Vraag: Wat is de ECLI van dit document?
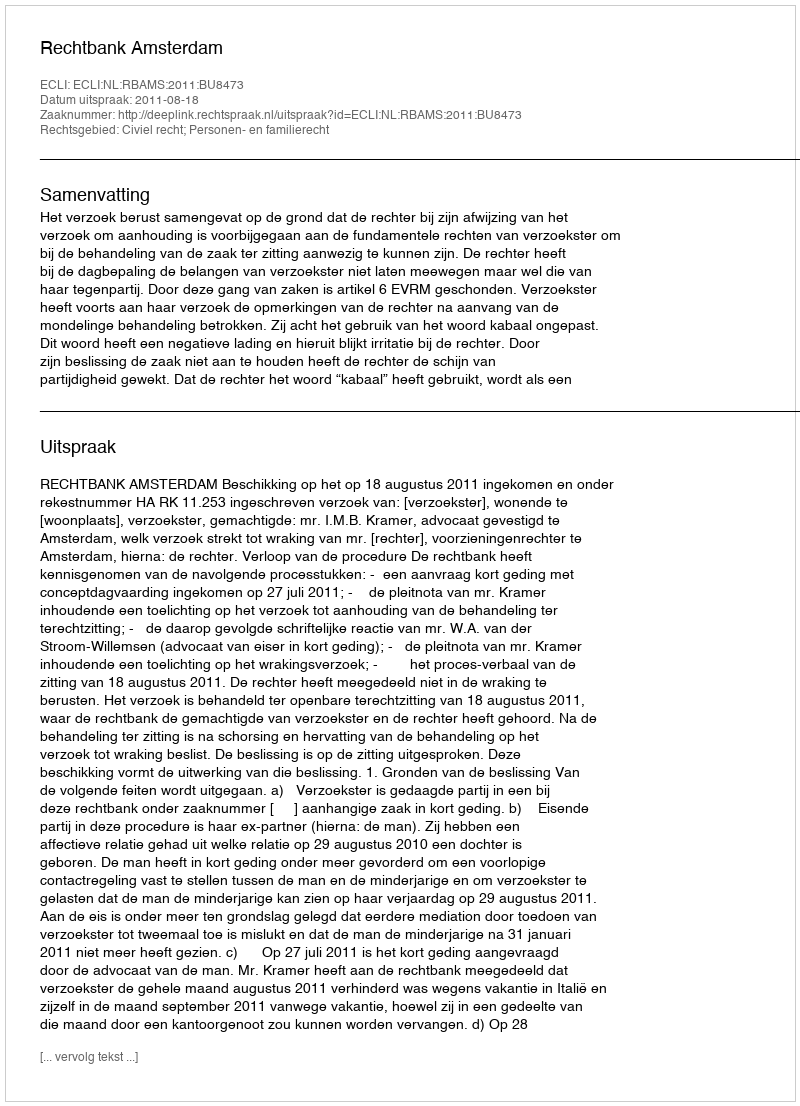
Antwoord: ECLI:NL:RBAMS:2011:BU8473